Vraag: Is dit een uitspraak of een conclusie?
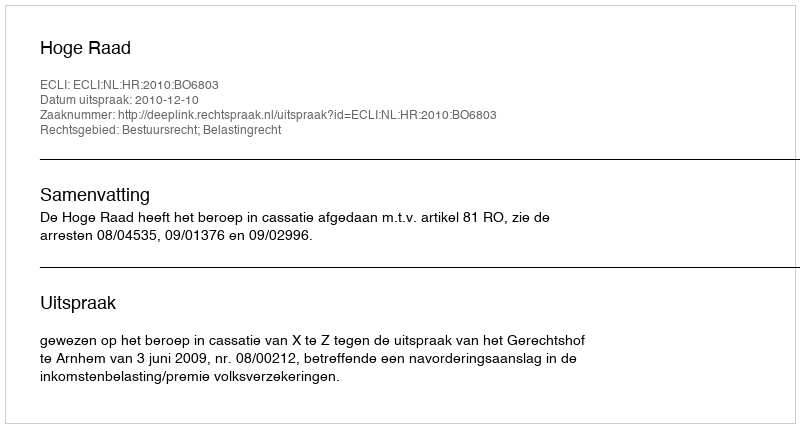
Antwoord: Uitspraak